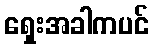
ရှေးအခါကပင်